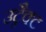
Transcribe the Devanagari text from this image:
उट्रैक्ट